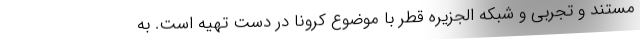
مستند و تجربی و شبکه الجزیره قطر با موضوع کرونا در دست تهیه است. به